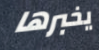
يخبرها